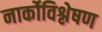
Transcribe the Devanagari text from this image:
नार्कोविश्लेषण